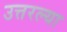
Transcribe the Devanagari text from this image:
उत्तरल्या